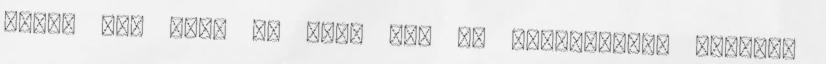
érzem Az, hogy pl Emma nem is találkozott Snowval